Medical and sanitary report of the native army of Bengal for the year
Year: 1875
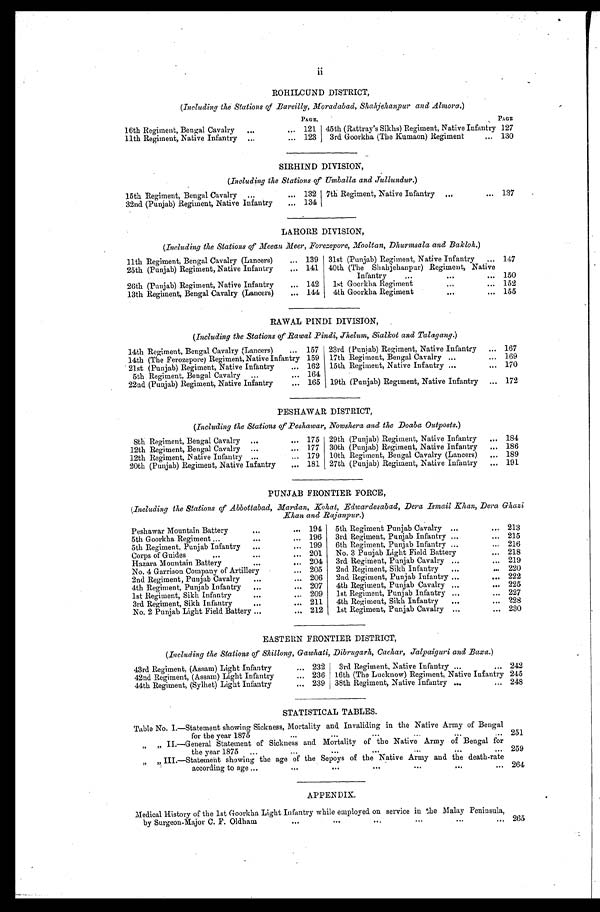
ROHILCUND DISTRICT,
(Including the Stations of Bareilly, Moradabad, Shahjehanpur and Almora.)
PAGE.
PAGE
16th Regiment, Bengal Cavalry . . .
121
45th (Rattray's Sikhs) Regiment, Native Infantry 127
11th Regiment, Native Infantry . . .
123
3rd Goorkha (The Kumaon) Regiment . . .
130
SIRHIND DIVISION,
(Including the Stations of Umballa and Jullundur.)
15th Regiment, Bengal Cavalry . . .
132
7th Regiment, Native Infantry . . .
137
32nd (Punjab) Regiment, Native Infantry . . .
134
LAHORE DIVISION,
(Including the Stations of Meean Meer, Forezepore, Mooltan, Dhurmsala and Bakloh.)
11th Regiment, Bengal Cavalry (Lancers) . . .
139
31st (Punjab) Regiment, Native Infantry . . .
147
25th (Punjab) Regiment, Native Infantry . . .
141
40th (The Shahjehanpur) Regiment, Native
Infantry . . .
150
26th (Punjab) Regiment, Native Infantry . . .
142
1st Goorkha Regiment . . .
152
13th Regiment, Bengal Cavalry (Lancers) . . .
144
4th Goorkha Regiment . . .
155
RAWAL PINDI DIVISION,
(Including the Stations of Rawal Pindi, Jhelum, Sialkot and Talagang.)
14th Regiment, Bengal Cavalry (Lancers) . . .
157
23rd (Punjab) Regiment, Native Infantry . . .
167
14th (The Ferozepore) Regiment, Native Infantry 159
17th Regiment, Bengal Cavalry . . .
169
21st (Punjab) Regiment, Native Infantry . . .
162
15th Regiment, Native Infantry . . .
170
5th Regiment, Bengal Cavalry . . .
164
22nd (Punjab) Regiment, Native Infantry . . .
165
19th (Punjab) Regiment, Native Infantry . . .
172
PESHAWAR DISTRICT,
(Including the Stations of Peshawar, Nowshera and the Doaba Outposts.)
8th Regiment, Bengal Cavalry . . .
175
29th (Punjab) Regiment, Native Infantry . . .
184
12th Regiment, Bengal Cavalry . . .
177
30th (Punjab) Regiment, Native Infantry . . .
186
12th Regiment, Native Infantry . . .
179
10th Regiment, Bengal Cavalry (Lancers) . . .
189
20th (Punjab) Regiment, Native Infantry . . .
181
27th (Punjab) Regiment, Native Infantry . . .
191
PUNJAB FRONTIER FORCE,
(Including the Stations of Abbottabad, Mardan, Kohat, Edwardesabad, Dera Ismail Khan, Dera Ghazi
Khan and Rajanpur.)
Peshawar Mountain Battery . . .
194
5th Regiment Punjab Cavalry . . .
213
5th Goorkha Regiment . . .
196
3rd Regiment, Punjab Infantry . . .
215
5th Regiment, Punjab Infantry . . .
199
6th Regiment, Punjab Infantry . . .
216
Corps of Guides . . .
201
No. 3 Punjab Light Field Battery . . .
218
Hazara Mountain Batterry . . .
204
3rd Regiment, Punjab Cavalry . . .
219
No. 4 Garrison Company of Artillery . . .
205
2nd Regiment, Sikh Infantry . . .
220
2nd Regiment, Punjab Cavalry . . .
206
2nd Regiment, Punjab Infantry . . .
222
4th Regiment, Punjab Infantry . . .
207
4th Regiment, Punjab Cavalry . . .
225
1st Regiment, Sikh Infantry . . .
209
1st Regiment, Punjab Infantry . . .
227
3rd Regiment, Sikh Infantry . . .
211
4th Regiment, Sikh Infantry . . .
228
No. 2 Punjab Light Field Battery . . .
212
1st Regiment, Punjab Cavalry . . .
230
EASTERN FRONTIER DISTRICT,
(Including the Stations of Shillong, Gawhati, Dibrugarh, Cachar, Jalpaiguri and Baxa.)
43rd Regiment, (Assam) Light Infantry . . .
232
3rd Regiment, Native Infantry . . .
242
42nd Regiment, (Assam) Light Infantry . . .
236
16th (The Lucknow) Regiment, Native Infantry 245
44th Regiment, (Sylhet) Light Infantry . . .
239
38th Regiment, Native Infantry . . .
248
STATISTICAL TABLES.
Table No. I.—Statement showing Sickness, Mortality and Invaliding in the Native Army of Bengal
f o r t h e y e a r 1 8 7 5 . . .
251
”
” II.—General Statement of Sickness and Mortality of the Native Army of Bengal for
the year 1875 . . .
259
„
„ III.—Statement showing the age of the Sepoys of the Native Army and the death-rate
according to age . . .
264
APPENDIX.
Medical History of the 1st Goorkha Light Infantry while employed on service in the Malay Peninsula,
by Surgeon-Major C. F. Oldham . . .
265